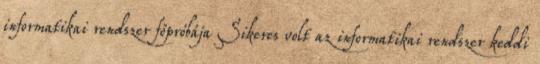
informatikai rendszer főpróbája Sikeres volt az informatikai rendszer keddi